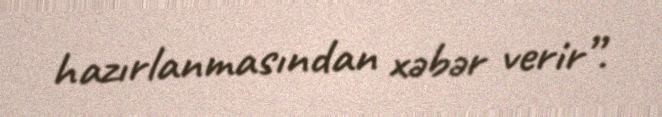
hazırlanmasından xəbər verir”.